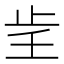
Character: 𰙞